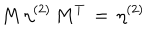
M \, \eta ^ { ( 2 ) } \, M ^ { T } \, = \, \eta ^ { ( 2 ) }